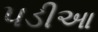
પડીઆ